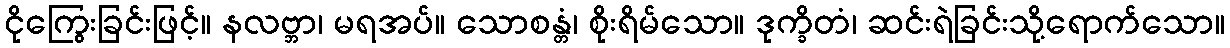
ငိုကြွေးခြင်းဖြင့်။ နလဗ္ဘာ၊ မရအပ်။ သောစန္တံ၊ စိုးရိမ်သော။ ဒုက္ခိတံ၊ ဆင်းရဲခြင်းသို့ရောက်သော။